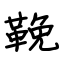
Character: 鞔